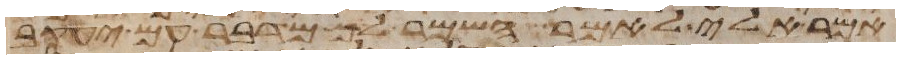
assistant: אמר אלי לאמר השמר לך מדבר עם יעקב